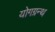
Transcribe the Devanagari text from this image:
योगग्रन्थ